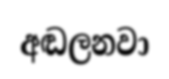
අඬලනවා